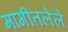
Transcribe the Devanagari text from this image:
मागीतलेले